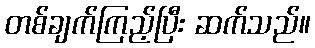
တစ်ချက်ကြည့်ပြီး ဆက်သည်။